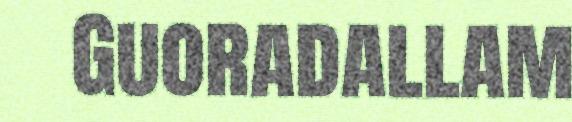
Guoradallam